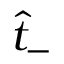
\hat { t } _ { - }